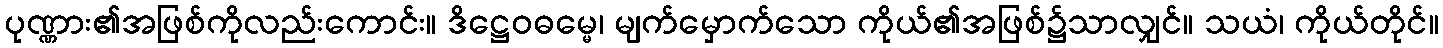
ပုဏ္ဏား၏အဖြစ်ကိုလည်းကောင်း။ ဒိဋ္ဌေဝဓမ္မေ၊ မျက်မှောက်သော ကိုယ်၏အဖြစ်၌သာလျှင်။ သယံ၊ ကိုယ်တိုင်။